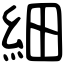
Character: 細